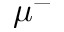
\mu ^ { - }